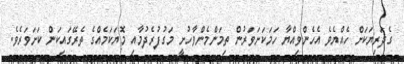
ގެދަރިޔަކަށް ހެއްޔެވެ އެހެންވިއްޔާ ހަމަކަށަވަރުން ތިމަންމެންވާހުށީ މަގުފުރެދުމާއި މޮޔަކަމެއްގެ ތެރޭގައިކަން ކަށަވަރެވެ.